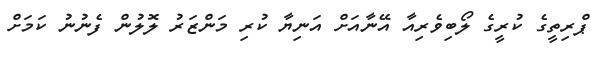
ޕްރިތީގެ ކުރީގެ ލޯބިވެރިއާ އޭނާއަށް އަނިޔާ ކުރި މަންޒަރު ލޮލުން ފެނުނު ކަމަށް